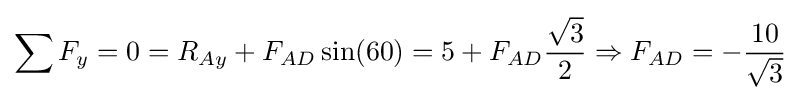
\sum F_{y}=0=R_{Ay}+F_{AD}\sin(60)=5+F_{AD}{\frac {\sqrt {3}}{2}}\Rightarrow F_{AD}=-{\frac {10}{\sqrt {3}}}